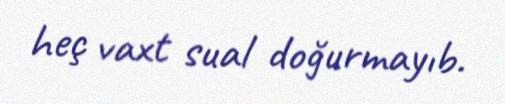
heç vaxt sual doğurmayıb.